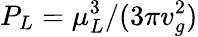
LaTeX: P_{L}=\mu_{L}^{3}/(3\pi v_{g}^{2})